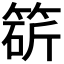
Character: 𥯩